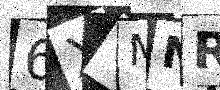
Text: 6XYMNR